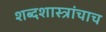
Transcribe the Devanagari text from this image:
शब्दशास्त्रांचाच